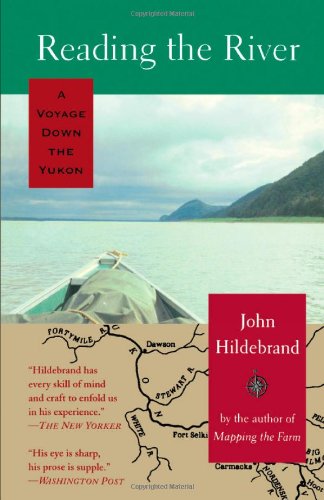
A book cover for Reading the River: A Voyage Down the Yukon; John Hildebrand; Travel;